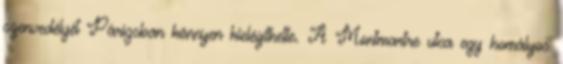
szenvedélyét Párizsban könnyen kielégíthette. A Montmartre utca egy homályos